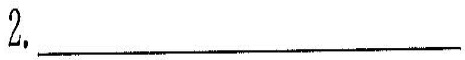
2.___